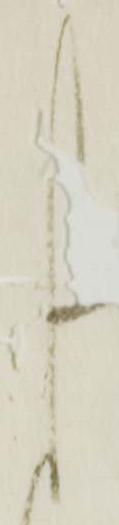
し